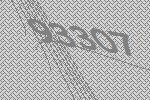
93307